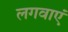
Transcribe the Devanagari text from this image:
लगवाएं